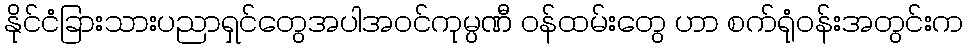
နိုင်ငံခြားသားပညာရှင်တွေအပါအဝင်ကုမ္ပဏီ ဝန်ထမ်းတွေ ဟာ စက်ရုံဝန်းအတွင်းက